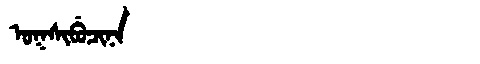
Manchu: ᠣᡴᠰᡳᠪᡠᠴᡳᠨᠠ
Romanization: OKSIBUCINA